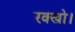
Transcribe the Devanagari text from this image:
रक्खो।